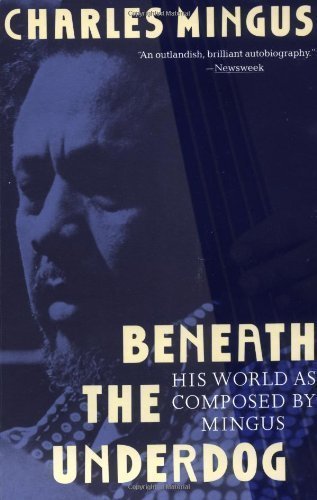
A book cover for Beneath the Underdog: His World as Composed by Mingus by Charles Mingus (Sep 3 1991); Comics & Graphic Novels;